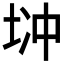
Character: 𱖧